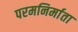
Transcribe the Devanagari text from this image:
परमनिर्माता